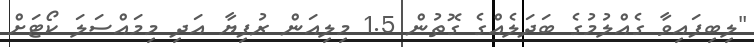
"ލިބިފައިވާ ގެއްލުމުގެ ބަދަލެއްގެ ގޮތުން 1.5 މިލިއަން ރުފިޔާ އަދި މިމައްސަލަ ކޯޓަށް